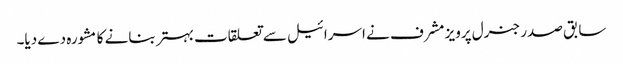
سابق صدر جنرل پرویز مشرف نے اسرائیل سے تعلقات بہتر بنانے کا مشورہ دے دیا۔